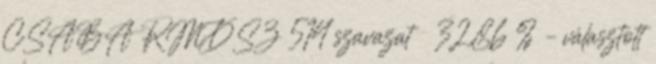
CSABA RMDSZ 514 szavazat 32,86 % – választott